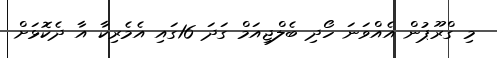
މި ގްރޫޕުން އެއްވަނަ ހޯދި ބެލްޖިއަމް ގަދަ 16ގައި އެމެރިކާ އާ ދެކޮޅަށް